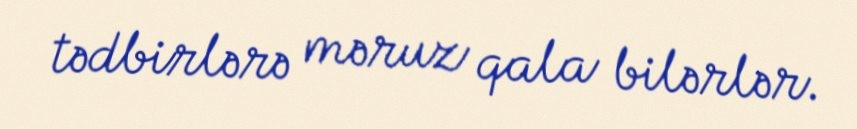
tədbirlərə məruz qala bilərlər.